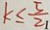
k \leq \frac { 5 } { 2 1 }